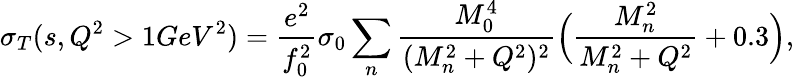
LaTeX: \sigma_{T}(s,Q^{2}>1GeV^{2})=\frac{e^{2}}{f_{0}^{2}}\sigma_{0}\sum_{n}\frac{M_{0}^{4}}{(M_{n}^{2}+Q^{2})^{2}}\Big(\frac{M_{n}^{2}}{M_{n}^{2}+Q^{2}}+0.3\Big),